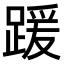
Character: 𫏖